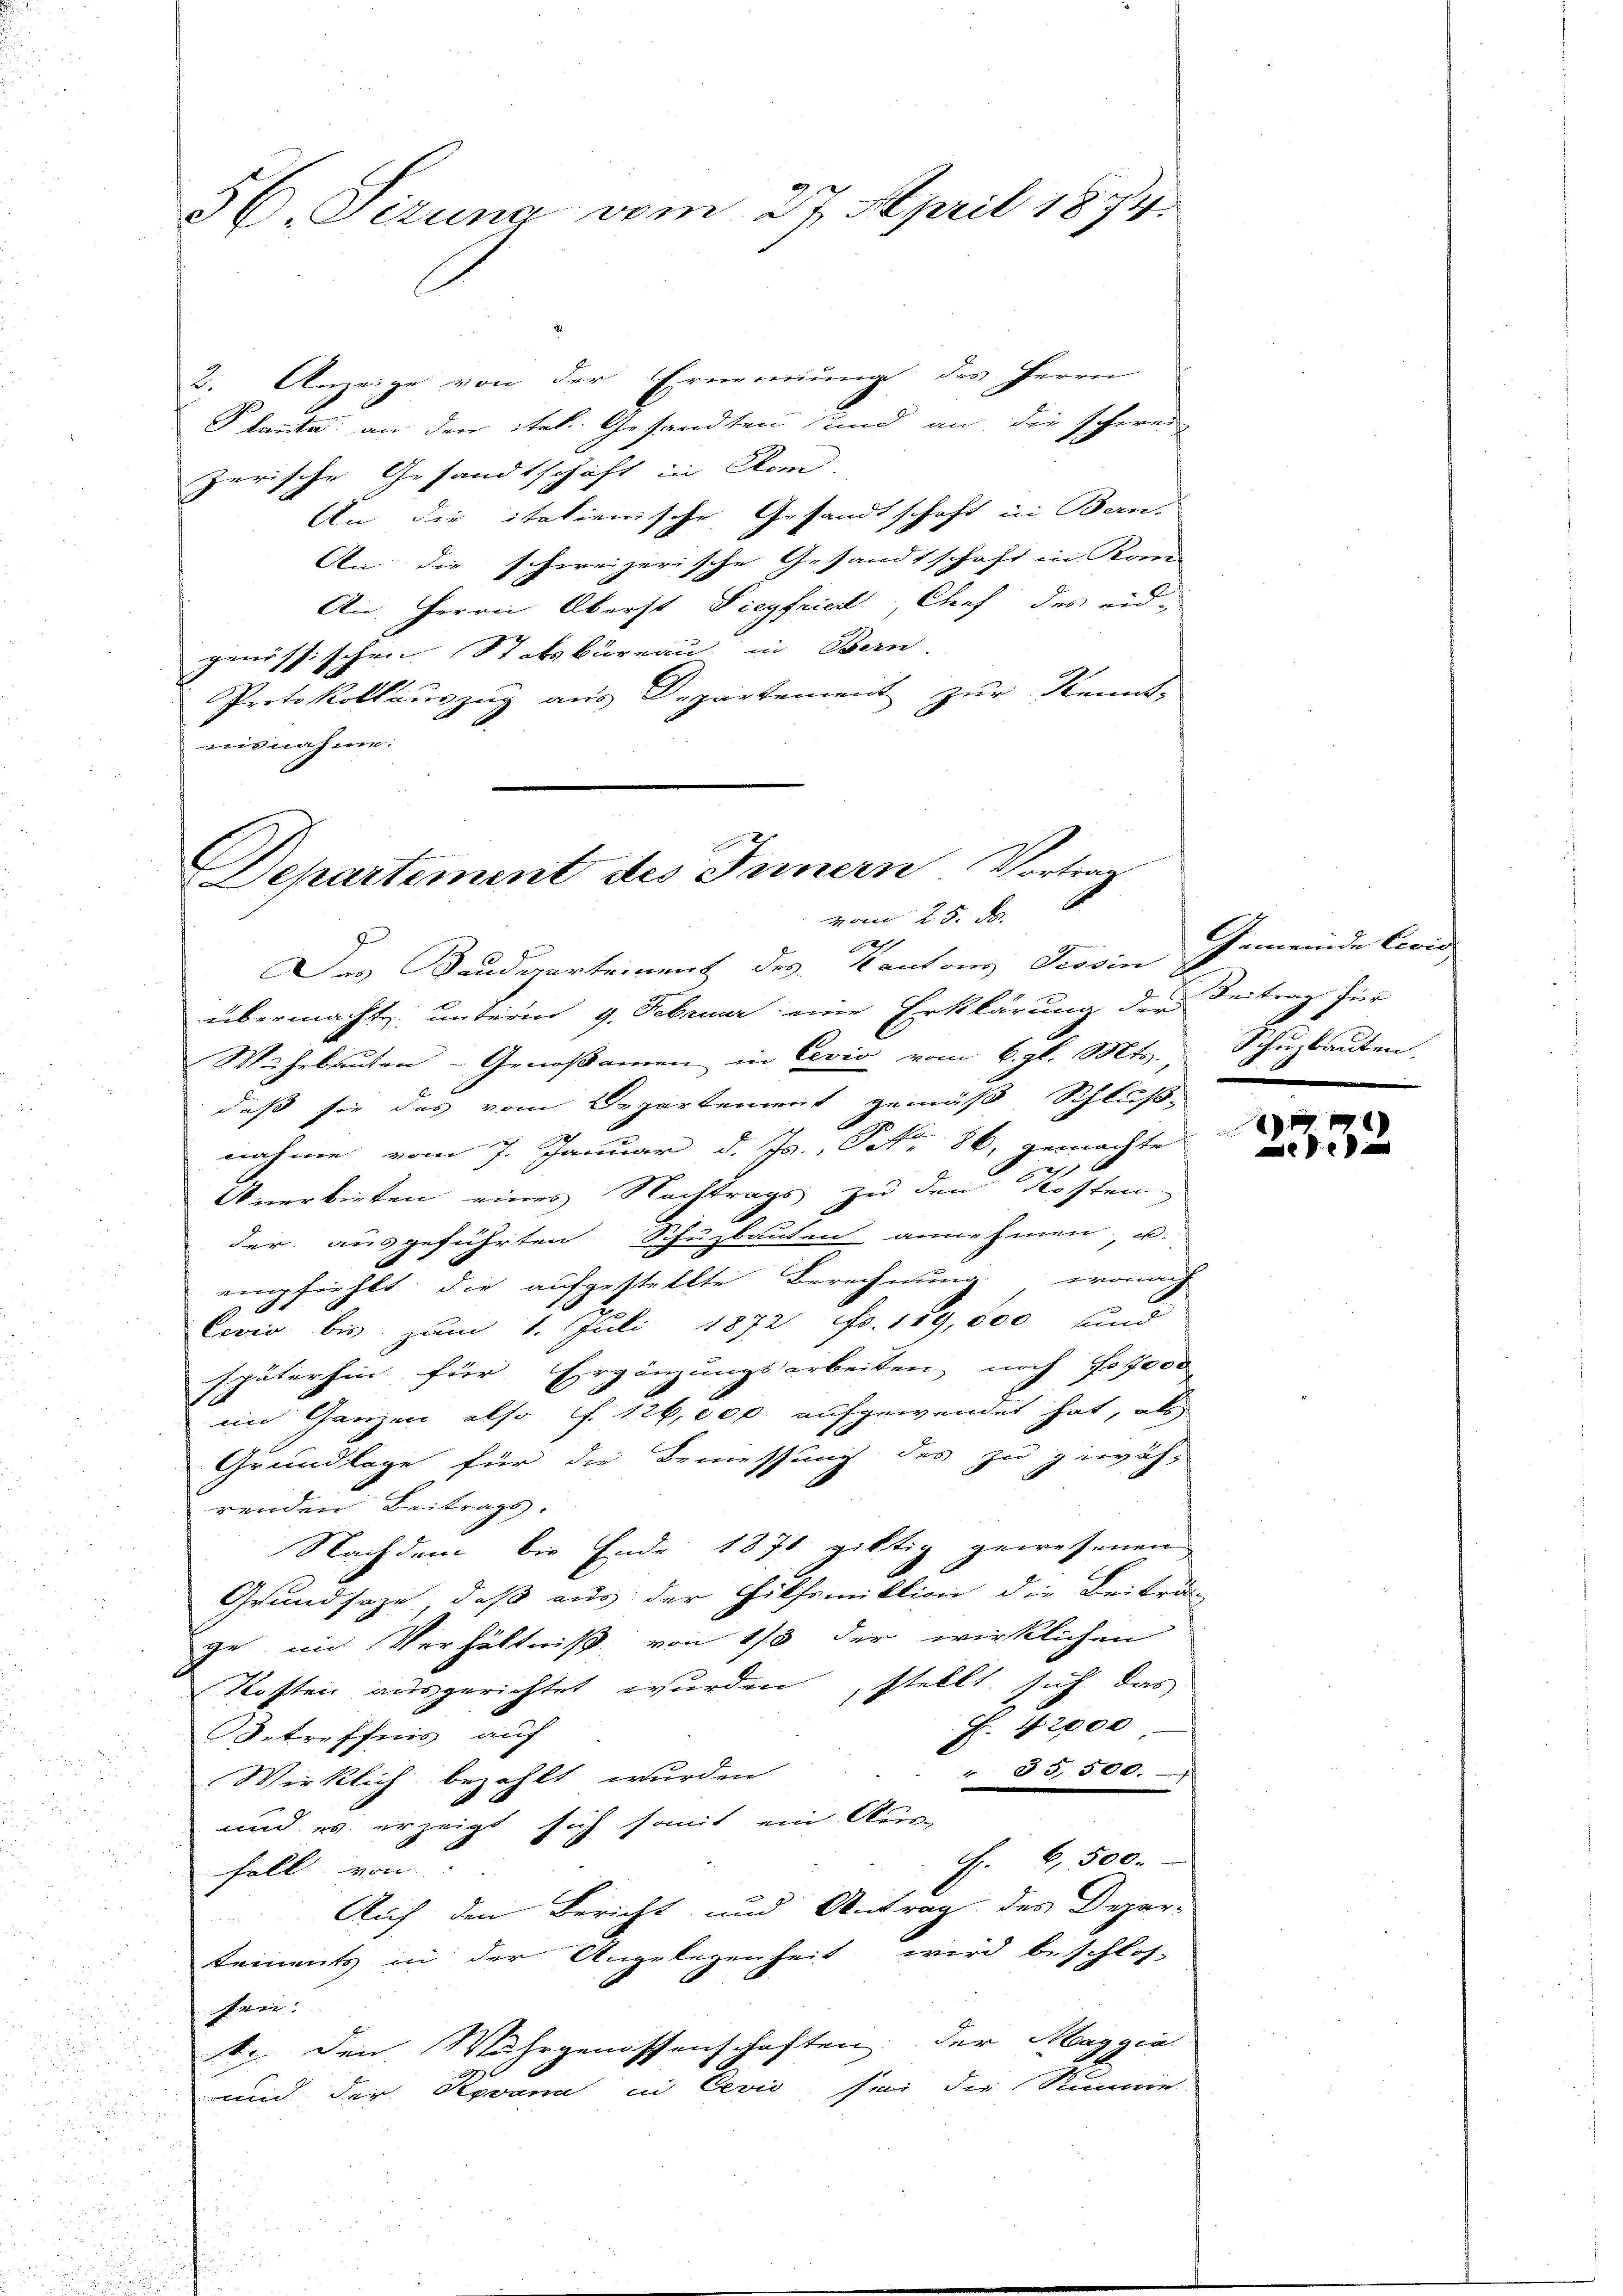
56. Sizung vom 27. April 1874.

2. Anzeige von der Ernennung des Herrn
Plante an den ital. Gesandten und an die schwei
zerische Gesandtschaft in Com
An die italienische Gesandtschaft in Bern-
An die schweizerische Gesandtschaft in Kon
An Herrn Oberst Siegfried, Chef des eid-
genössischen Stotsbüreau in Bern.
Protokollauszug aus Departement zur Kennt,
isnahme.

Departement des Innern Vortrag
vom 25. d.

12
Das Bauderartement des Kantons Tessin
übermachte unterm 9. Februar eine Erklärung der
Wahrbauten - Genoßamen in Civio vom 6. gl. Mts. Schuzbauten,
daß sie das vom Departement gemäß Schluß
nahme vom 7. Januar d. Js., S. 86. gemachte
2
nerbieten eines Nachtrags zu den Kosten,
der ausgeführten Schuzbauten annehmen, u.
empfiehlt die aufgestellte Berechnung, wonach
Covic bis zum 1. Juli 1872 Fr. 129,000 und
späterhin für Ergänzungsarbeiten, noch fo 7000
im Ganzen also ff. 126,000 aufgewendet hat, als
Grundlage für die Bemessung des zu gewährenden Beitrags.
Nachdem bis Ende 1871 giltig gewesenen
Grundsaze, daß aus der Hilfsmiktion die Beiträg
ge mit Verhältniß von 1/3 der wirklichen
stellt sich das
Kosten ausgerichtet wurden
F. 42000
Betreffnis auf
i
xx
Wirklich bezahlt wurden
un
und es erzeigt sich somit ein Aus-
J. 6,500.
Fall von
Auf den Bericht und Antrag des Depar-
tements in der Angelegenheit wird beschlos-
sein.
5
s
1. den Wuhrgenossenschaften der Maggia
und der Revann in Cević sei die Summer
d
n

n

Gemeinde Civis
Beitrag für
.

2332